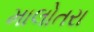
માલોતરા